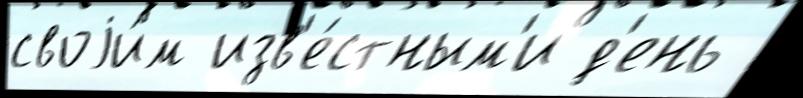
своjи́м изв'е́стным'и д'ень